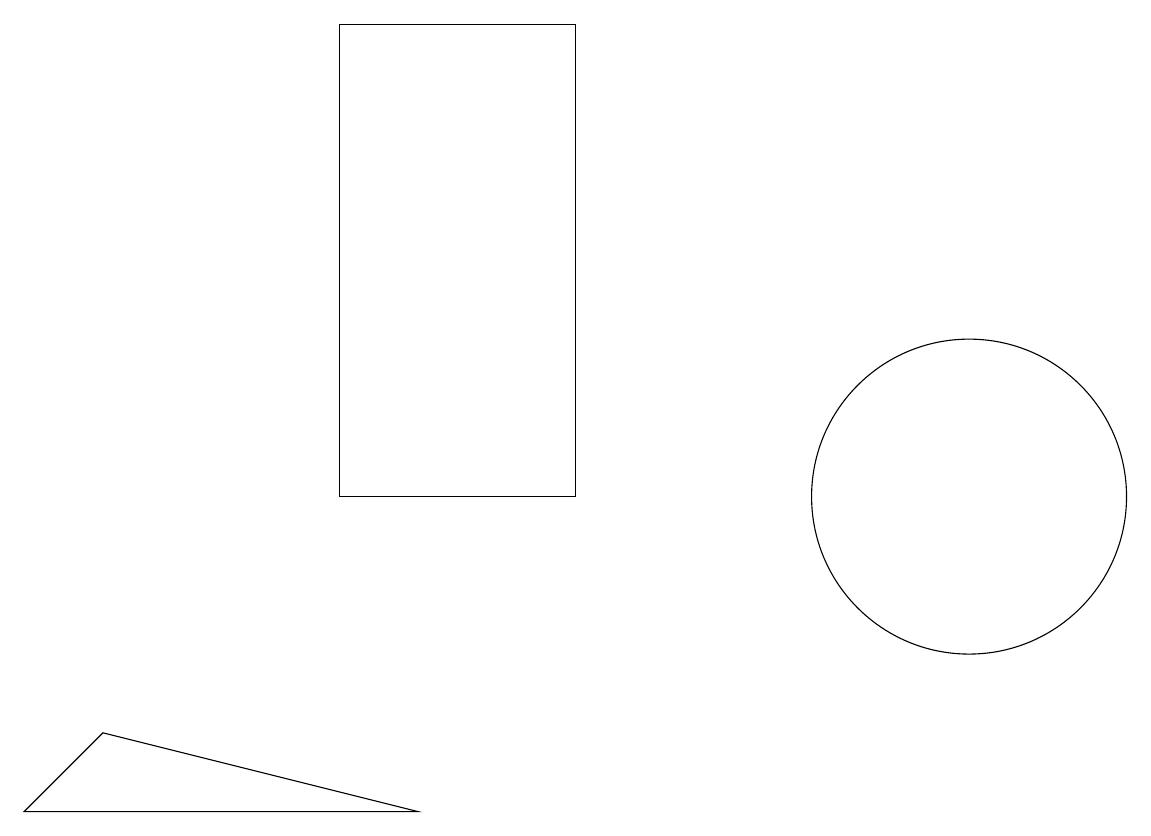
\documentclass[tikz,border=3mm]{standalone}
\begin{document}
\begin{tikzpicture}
\draw (12,10) circle (2);
\draw (1,7) -- (0,6) -- (5,6) -- cycle;
\draw (4,10) rectangle (7,16);
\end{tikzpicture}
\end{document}